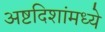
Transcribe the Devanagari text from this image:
अष्टदिशांमध्ये